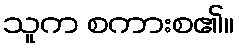
သူက စကားစ၏။